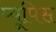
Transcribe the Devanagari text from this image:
प्यूपिस